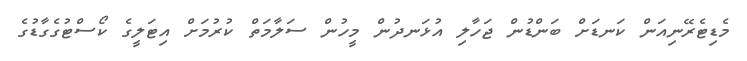
މެޑިޓެރޭނިއަން ކަނޑަށް ބަންޑުން ޖަހާލި އުޅަނދުން މީހުން ސަލާމަތް ކުރުމަށް އިޓަލީގެ ކޯސްޓުގެގާޑުގެ